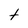
Character: t